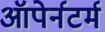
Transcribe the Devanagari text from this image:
ऑपेर्नटर्म